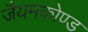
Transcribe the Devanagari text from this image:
जैयमकोण्ड